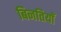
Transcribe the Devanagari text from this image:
बिनतियाँ